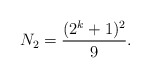
\begin{align*}N_2=\frac{(2^k+1)^2}{9}.\end{align*}